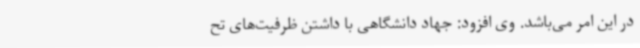
در این امر می‌باشد. وی افزود: جهاد دانشگاهی با داشتن ظرفیت‌های تح